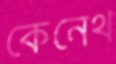
কেনেথ